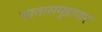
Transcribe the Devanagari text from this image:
सातासमुद्रापार